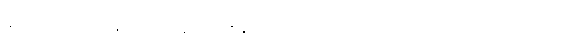
နီးအောင်ကပ်ချဉ်း စေ့ချဉ်းချုံးချဉ်း စပ်ချဉ်ပင့်ငြား ခြောက်ပါးရောင်ခြည်